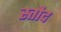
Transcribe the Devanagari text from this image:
स्तौद